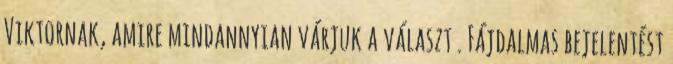
Viktornak, amire mindannyian várjuk a választ . Fájdalmas bejelentést